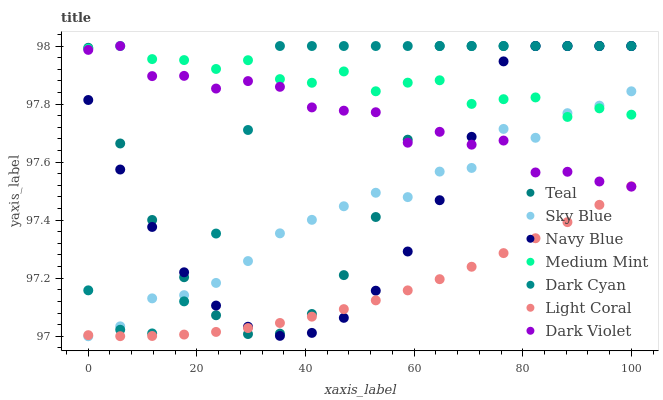
| xaxis_label | Teal | Sky Blue | Navy Blue | Medium Mint | Dark Cyan | Light Coral | Dark Violet |
 | --- | --- | --- | --- | --- | --- | --- | --- |
 | 0 | 98 | 97 | 97.8 | 98 | 97.2 | 97 | 98 |
 | 5.88 | 97.7 | 97 | 97.6 | 98 | 97 | 97 | 98 |
 | 11.8 | 97.4 | 97.1 | 97.4 | 98 | 97 | 97 | 97.9 |
 | 17.6 | 97.2 | 97.1 | 97.2 | 98 | 97.1 | 97 | 97.9 |
 | 23.5 | 97.1 | 97.2 | 97.1 | 97.9 | 97.4 | 97 | 97.9 |
 | 29.4 | 97 | 97.3 | 97 | 98 | 97.7 | 97 | 97.9 |
 | 35.3 | 97 | 97.4 | 97 | 97.9 | 98 | 97 | 97.9 |
 | 41.2 | 97.1 | 97.4 | 97 | 97.9 | 98 | 97.1 | 97.8 |
 | 47.1 | 97.2 | 97.4 | 97.1 | 97.9 | 98 | 97.1 | 97.8 |
 | 52.9 | 97.4 | 97.5 | 97.2 | 97.8 | 98 | 97.1 | 97.8 |
 | 58.8 | 97.7 | 97.5 | 97.3 | 97.9 | 98 | 97.2 | 97.7 |
 | 64.7 | 98 | 97.6 | 97.5 | 97.9 | 98 | 97.2 | 97.7 |
 | 70.6 | 98 | 97.6 | 97.7 | 97.8 | 98 | 97.2 | 97.7 |
 | 76.5 | 98 | 97.7 | 97.9 | 97.8 | 98 | 97.3 | 97.7 |
 | 82.4 | 98 | 97.7 | 98 | 97.8 | 98 | 97.3 | 97.6 |
 | 88.2 | 98 | 97.8 | 98 | 97.8 | 98 | 97.4 | 97.6 |
 | 94.1 | 98 | 97.8 | 98 | 97.8 | 98 | 97.5 | 97.5 |
 | 100 | 98 | 97.8 | 98 | 97.8 | 98 | 97.5 | 97.5 |